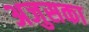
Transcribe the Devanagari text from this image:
अजुसका